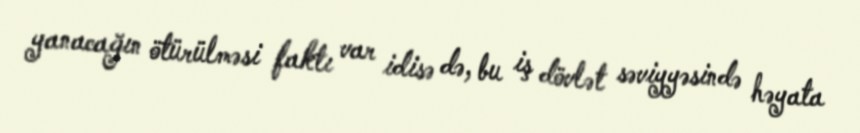
yanacağın ötürülməsi faktı var idisə də, bu iş dövlət səviyyəsində həyata